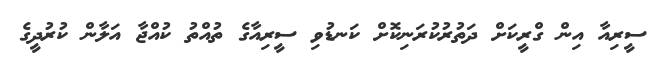
ސީރިއާ އިން ގްރީކަށް ދަތުރުކުރަނިކޮށް ކަނޑުވި ސީރިއާގެ ތުއްތު ކުއްޖާ އަލާން ކުރުދީގެ